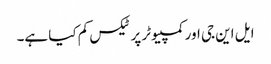
ایل این جی اور کمپیوٹر پر ٹیکس کم کیا ہے۔